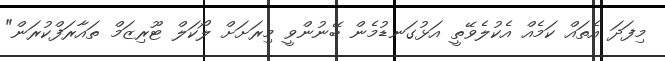
މިފަދަ އެތައް ކަމެއް އެކުލެވޭތީ އަޅުގަނޑުމެން ބޭނުންވީ މިރަށަށް ލޯކަލް ޓޫރިޒަމް ތައާރަފްކުރަން"